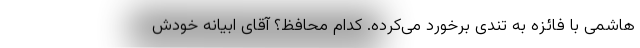
هاشمی با فائزه به تندی برخورد می‌کرده. کدام محافظ؟ آقای ابیانه خودش